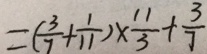
= ( \frac { 3 } { 7 } + \frac { 1 } { 1 1 } ) \times \frac { 1 1 } { 3 } + \frac { 3 } { 7 }